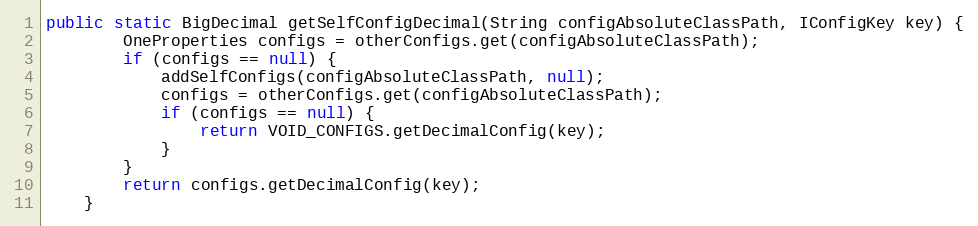
Language: Java
public static BigDecimal getSelfConfigDecimal(String configAbsoluteClassPath, IConfigKey key) {
        OneProperties configs = otherConfigs.get(configAbsoluteClassPath);
        if (configs == null) {
            addSelfConfigs(configAbsoluteClassPath, null);
            configs = otherConfigs.get(configAbsoluteClassPath);
            if (configs == null) {
                return VOID_CONFIGS.getDecimalConfig(key);
            }
        }
        return configs.getDecimalConfig(key);
    }